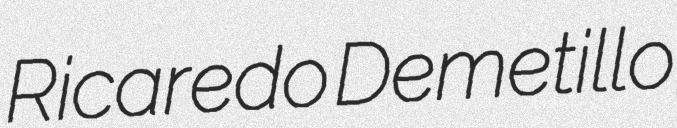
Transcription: Ricaredo Demetillo